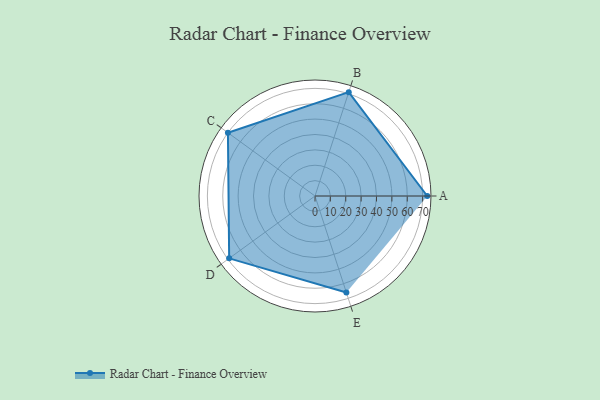
{"axis": {"x": "Skill", "y": "Score"}, "legend": ["Profile"], "data": [{"x": "A", "y": 73.0, "type": "Profile"}, {"x": "B", "y": 71.0, "type": "Profile"}, {"x": "C", "y": 70.0, "type": "Profile"}, {"x": "D", "y": 69.0, "type": "Profile"}, {"x": "E", "y": 66.0, "type": "Profile"}]}